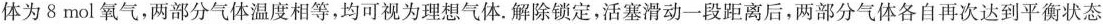
体为8mol氧气，两部分气体温度相等，均可视为理想气体. 解除锁定，活塞滑动一段距离后，两部分气体各自再次达到平衡状态